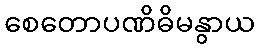
စေတောပဏိဓိမနွာယ